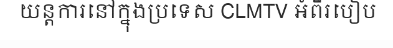
យន្តការនៅក្នុងប្រទេស CLMTV អំពីរបៀប